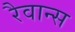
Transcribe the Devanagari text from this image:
रैवान्स